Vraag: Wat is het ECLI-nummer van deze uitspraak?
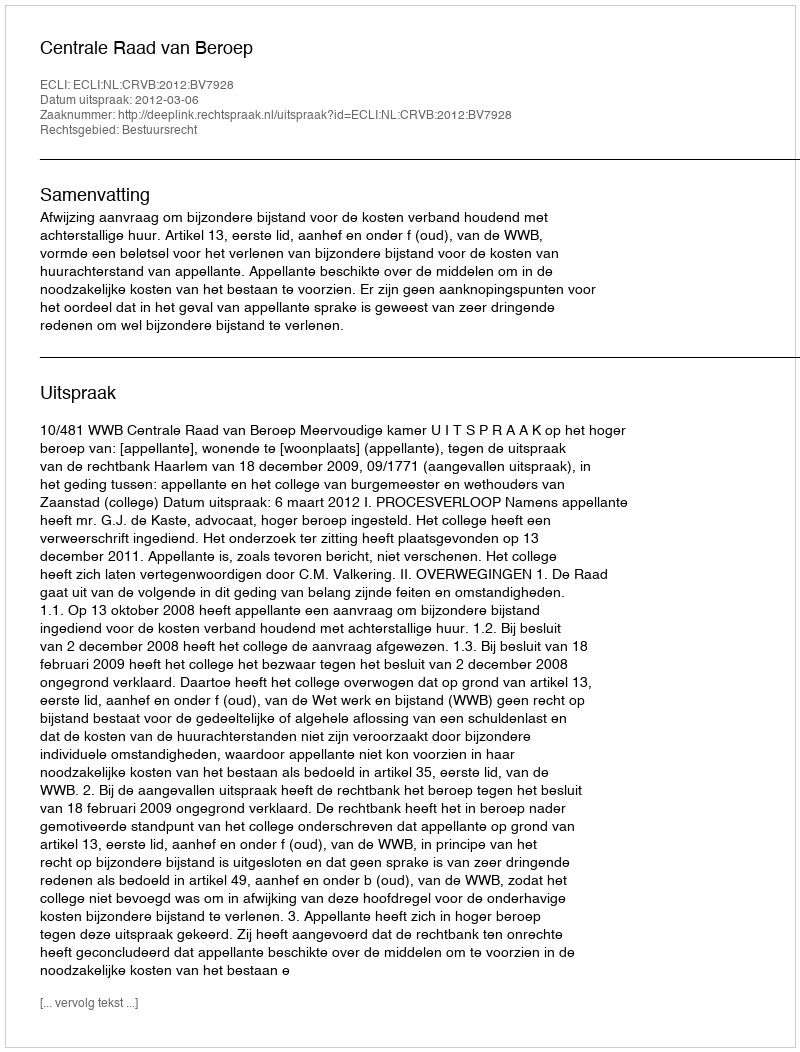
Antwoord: ECLI:NL:CRVB:2012:BV7928